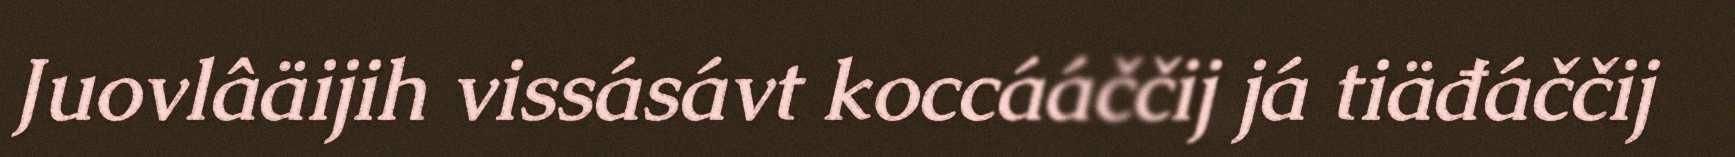
Juovlâäijih vissásávt koccááččij já tiäđáččij